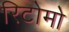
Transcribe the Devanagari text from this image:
रिटोमो